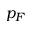
p _ { F }